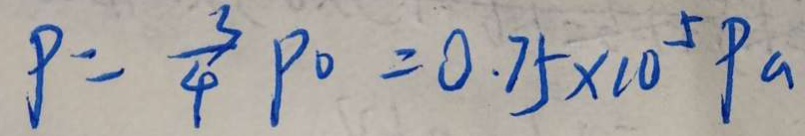
9 = \frac { 3 } { 4 } P _ { 0 } = 0 . 7 5 \times 1 0 ^ { 5 } P a